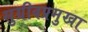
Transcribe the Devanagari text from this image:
सुग्रीवप्रमुखा